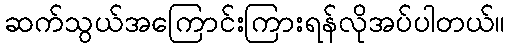
ဆက်သွယ်အကြောင်းကြားရန်လိုအပ်ပါတယ်။